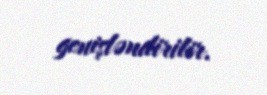
genişləndirilir.